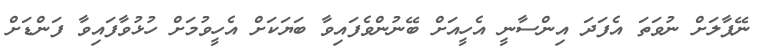
ނޭޕާލަށް ނުވަތަ އެފަދަ އިންސާނީ އެހީއަށް ބޭނުންވެފައިވާ ބަޔަކަށް އެހީވުމަށް ހުޅުވާފައިވާ ފަންޑަށް